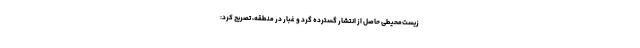
زیست‌محیطی حاصل از انتشار گسترده گرد و غبار در منطقه، تصریح کرد: